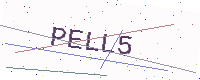
Text: PELL5